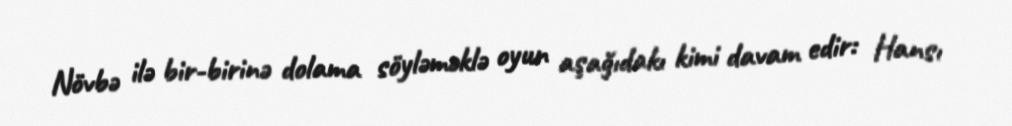
Növbə ilə bir-birinə dolama söyləməklə oyun aşağıdakı kimi davam edir: Hansı